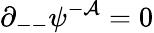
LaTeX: \partial_{--}\psi^{-{\cal A}}=0